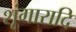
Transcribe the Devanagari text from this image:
शृंगारादि